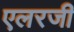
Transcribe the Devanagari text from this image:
एलरजी